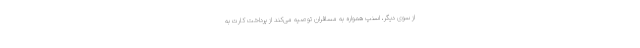
از سوی دیگر، اسنپ همواره به مسافران توصیه می‌کند از پرداخت کارت به